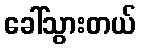
ခေါ်သွားတယ်